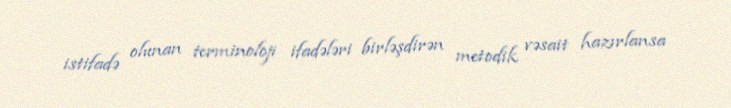
istifadə olunan terminoloji ifadələri birləşdirən metodik vəsait hazırlansa